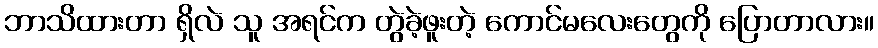
ဘာသိထားတာ ရှိလဲ သူ အရင်က တွဲခဲ့ဖူးတဲ့ ကောင်မလေးတွေကို ပြောတာလား။